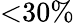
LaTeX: \textless 30\%